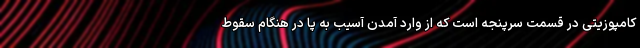
کامپوزیتی در قسمت سرپنجه است که از وارد آمدن آسیب به پا در هنگام سقوط